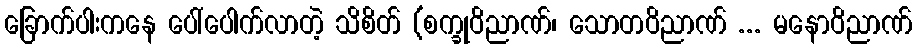
ခြောက်ပါးကနေ ပေါ်ပေါက်လာတဲ့ သိစိတ် (စက္ခုဝိညာဏ်၊ သောတဝိညာဏ် ... မနောဝိညာဏ်